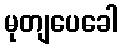
မုတျပေခေါ